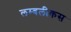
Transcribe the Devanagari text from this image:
लम्बलीकस